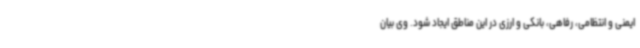
ایمنی و انتظامی، رفاهی، بانکی و ارزی در این مناطق ایجاد شود. وی بیان